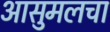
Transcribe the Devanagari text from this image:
आसुमलचा